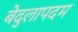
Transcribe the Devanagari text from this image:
बेदुलापदम